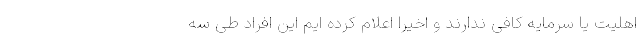
اهلیت یا سرمایه کافی ندارند و اخیرا اعلام کرده ایم این افراد طی سه